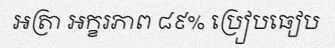
អត្រា អក្ខរភាព ៨៩% ប្រៀបធៀប